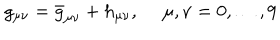
g _ { \mu \nu } = { \bar { g } } _ { \mu \nu } + h _ { \mu \nu } , ~ ~ \mu , \nu = 0 , \dots , 9